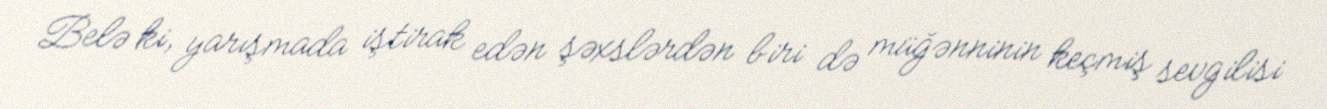
Belə ki, yarışmada iştirak edən şəxslərdən biri də müğənninin keçmiş sevgilisi